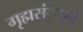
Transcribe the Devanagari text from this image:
गृह्मसंस्कारों